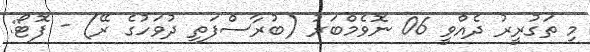
މި ތަގުރީރު ދެއްވީ 06 ނޮވެމްބަރު (ބުރާސްފަތި ދުވަހުގެ ރޭ) - ފޮޓޯ: